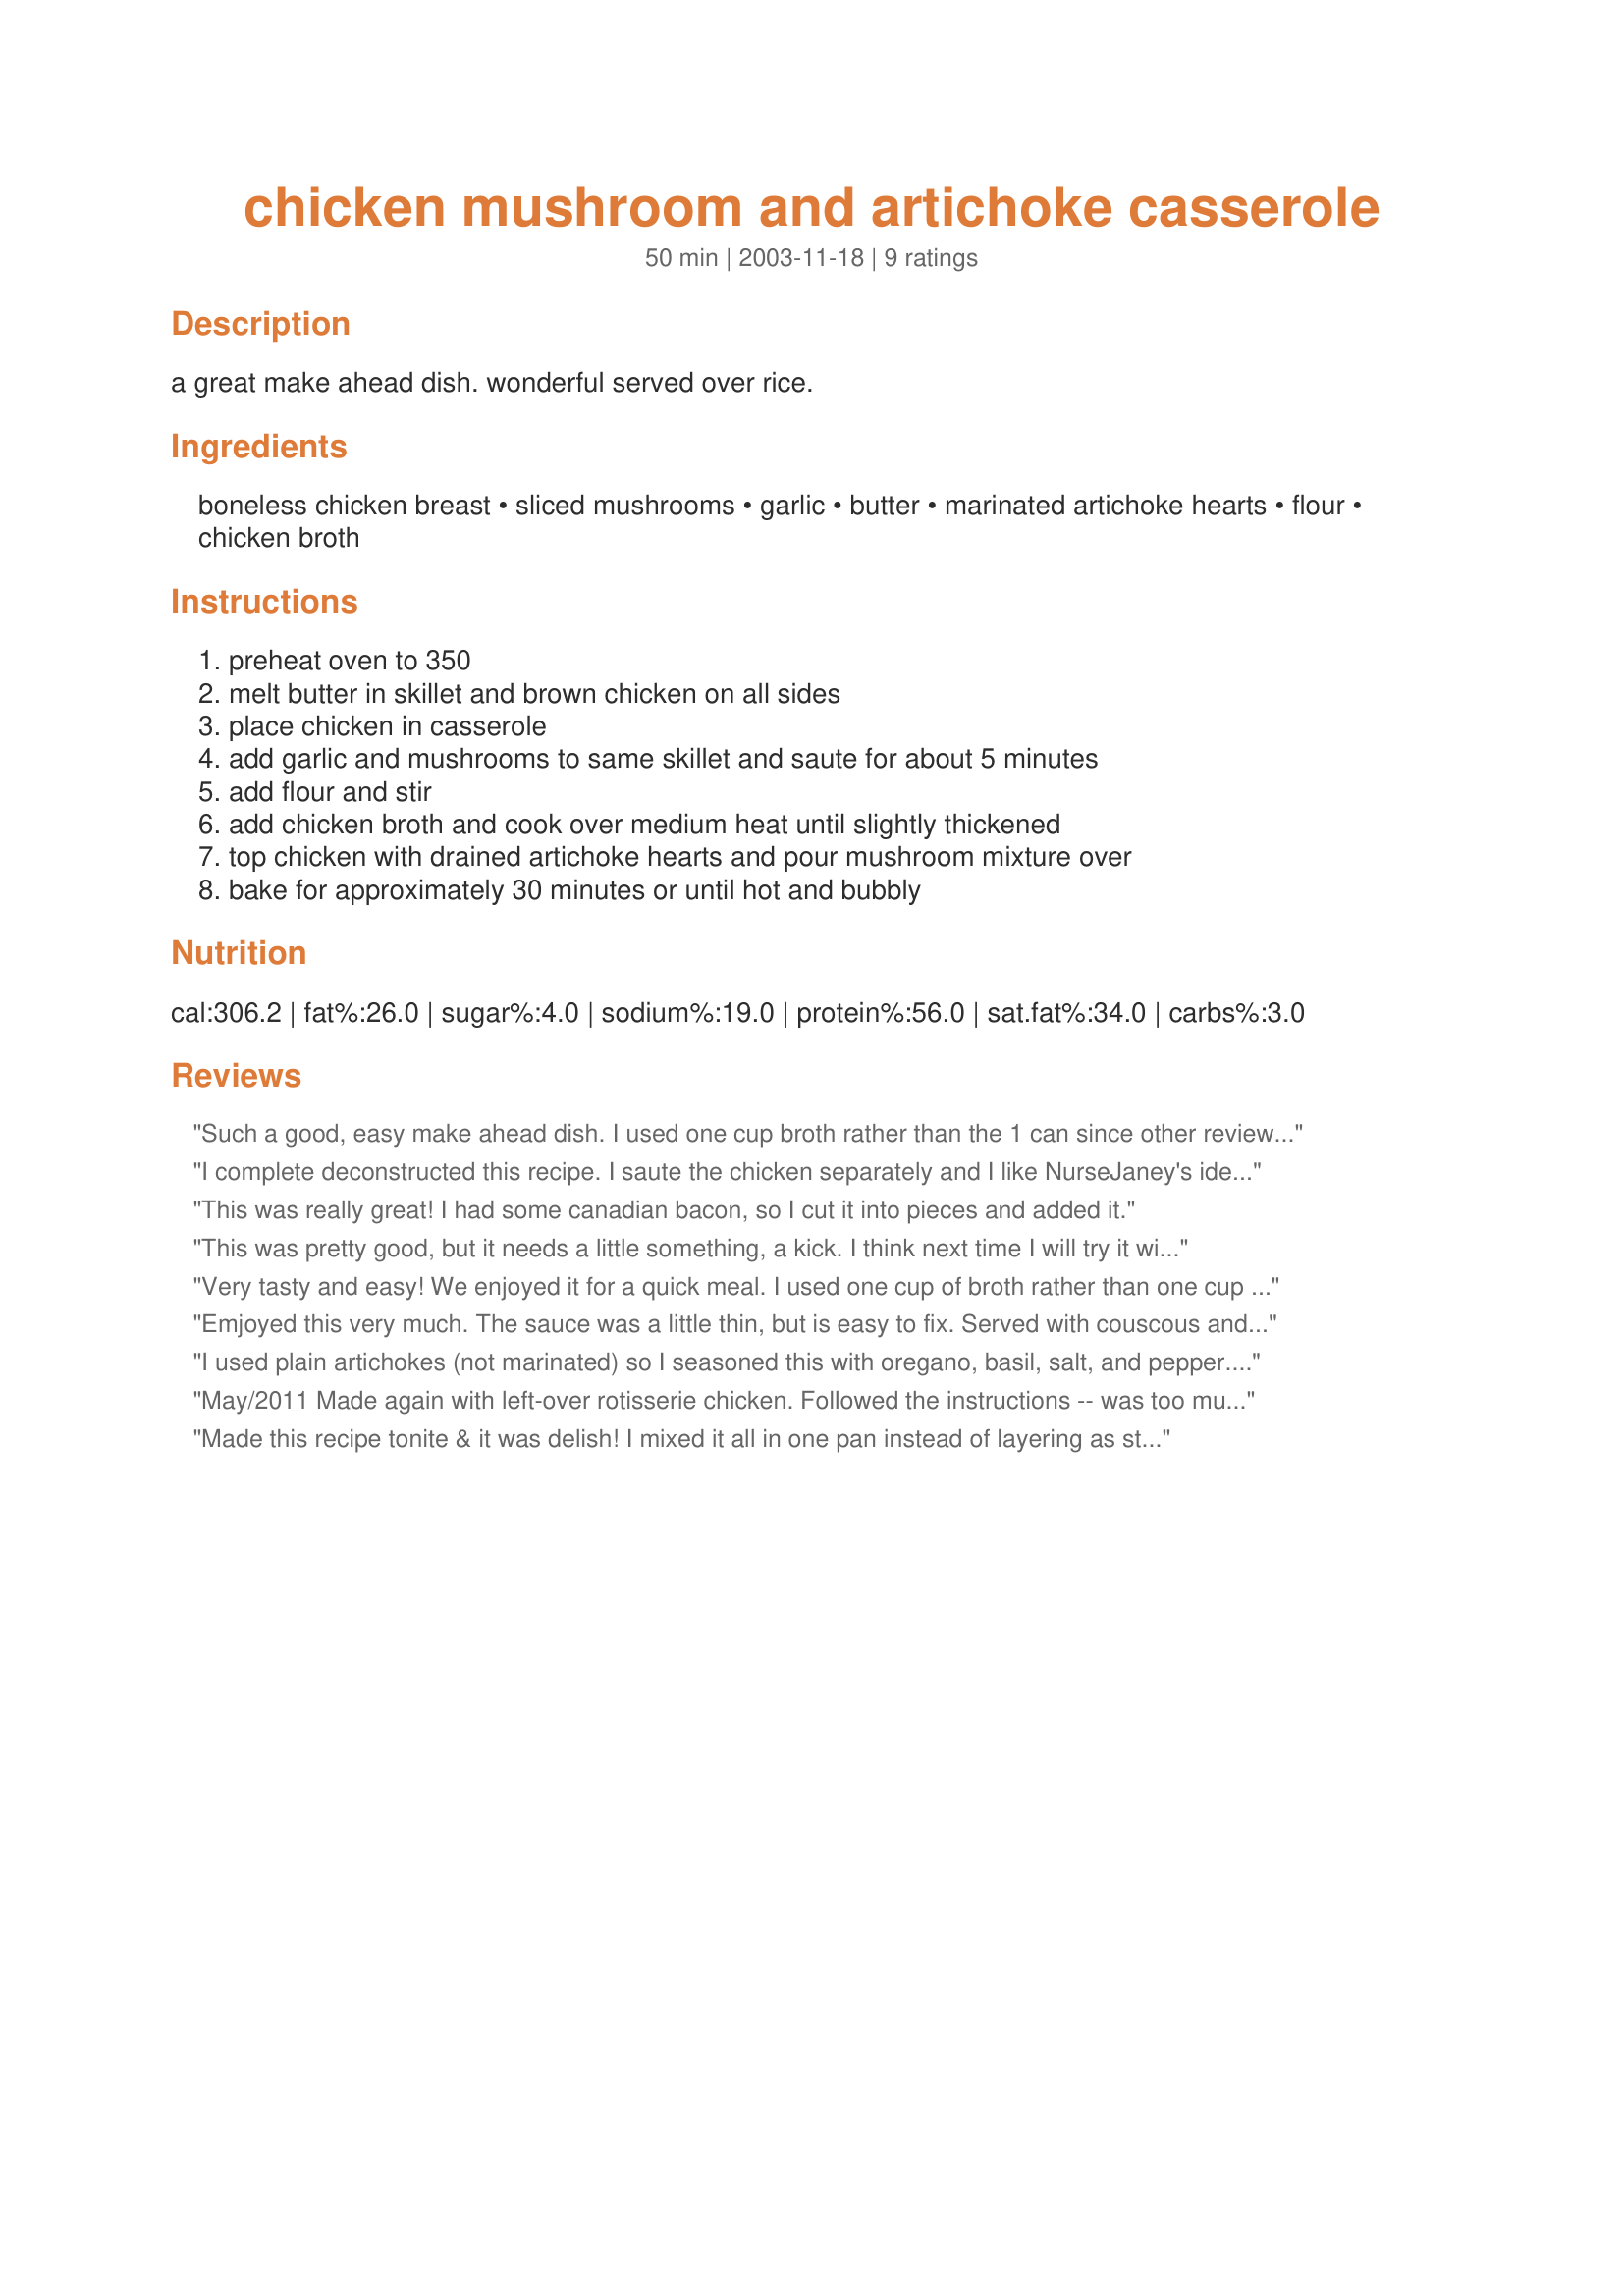
chicken mushroom and artichoke casserole
Preparation time: 50 minutes

a great make ahead dish. wonderful served over rice.

Ingredients:
boneless chicken breast, sliced mushrooms, garlic, butter, marinated artichoke hearts, flour, chicken broth

Steps:
preheat oven to 350, melt butter in skillet and brown chicken on all sides, place chicken in casserole, add garlic and mushrooms to same skillet and saute for about 5 minutes, add flour and stir, add chicken broth and cook over medium heat until slightly thickened, top chicken with drained artichoke hearts and pour mushroom mixture over, bake for approximately 30 minutes or until hot and bubbly

Reviews:
Such a good, easy make ahead dish. I used one cup broth rather than the 1 can since other reviewers thought the sauce was too thin. That is an exact amount to make the sauce . I remembered the ratio of 2 tblsp butter, 2 tblsp flour and 1 cup broth from another recipe. I also added chopped onion. Very nice dish.
I complete deconstructed this recipe. I saute the chicken separately and I like NurseJaney's idea to use rotisserie chicken. Then in a deep saute or stock pot I follow along with preparing the mushrooms, garlic, butter, adding the flour, then broth, but then I add the drained artichokes to this and add more thickener as necessary until I have almost a gravy consistency to ladel over the chicken or a little less thick to have with rice. I think this began when I didn't want to heat the oven. In all, it is great flavors and thank you for the recipe.
This was really great! I had some canadian bacon, so I cut it into pieces and added it.
This was pretty good, but it needs a little something, a kick. I think next time I will try it with some lemon and more artichoke.
Very tasty and easy! We enjoyed it for a quick meal. I used one cup of broth rather than one cup and wished mine had been a little more runny. Lol. I will try this again.
Emjoyed this very much. The sauce was a little thin, but is easy to fix. Served with couscous and a green salad. A keeper!
I used plain artichokes (not marinated) so I seasoned this with oregano, basil, salt, and pepper. I agree that the sauce was a bit watery. Also served with couscous.
May/2011 Made again with left-over rotisserie chicken. Followed the instructions -- was too much broth for the amount of chicken -- a tad soupy, but that was my fault. We really enjoy the combo flavors of chicken with 'shrooms and artichokes.<br/><br/>Really nice dish. I left the boneless/skinless breasts whole, and prepared according to the recipe. Mixed the marinade liquid from the artichokes with the chicken broth to equal approximately 1 cup. Using Costco chicken pieces, knew they would remain moist and tender. Thanks for posting, Marie
Made this recipe tonite & it was delish! I mixed it all in one pan instead of layering as stated. I used bonless thighs instead of breast cuz that's what I had on hand. I seasoned the chicken with S&P & italian seasing before sauteeing. When brown I added the mushrooms and garlic until cooked. I then added the flour to all & then the broth. I used a can of plain quartered artichoke hearts instead of marinated. I also added sliced roasted red peppers, topped with grated parmesan cheese & baked. Sauce was a bit watery, next time I'll use less as suggested. Served with noodles & a green salad. Thanks, Marie, for a simple & flavorful weeknight meal.
